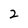
Character: 2